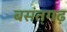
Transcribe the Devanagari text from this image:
बसंतगढ़